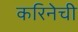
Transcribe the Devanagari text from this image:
करिनेची